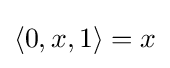
\langle 0,x,1\rangle =x